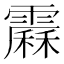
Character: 𩅩